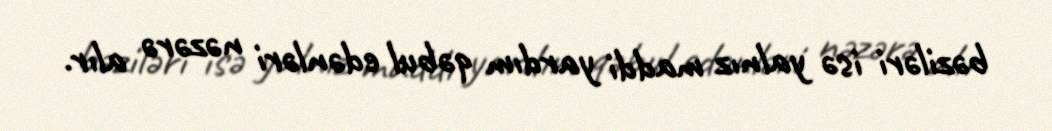
bəziləri isə yalnız maddi yardım qəbul edənləri nəzərə alır.